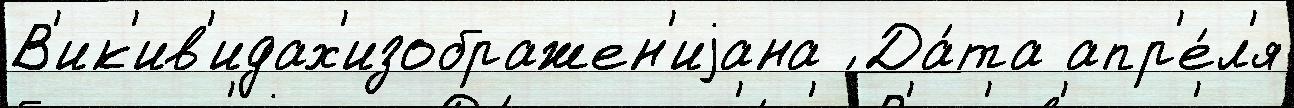
В'ик'ив'идах'изображен'иjана ́ Да́та апр'е́л'я